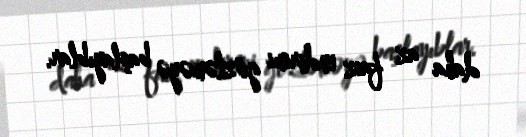
daha az faiz endirimi gözləməyə başlayıblar.